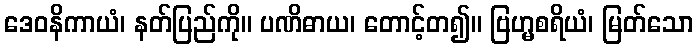
ဒေဝနိကာယံ၊ နတ်ပြည်ကို။ ပဏိဓာယ၊ တောင့်တ၍။ ဗြဟ္မစရိယံ၊ မြတ်သော